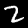
Digit: 2